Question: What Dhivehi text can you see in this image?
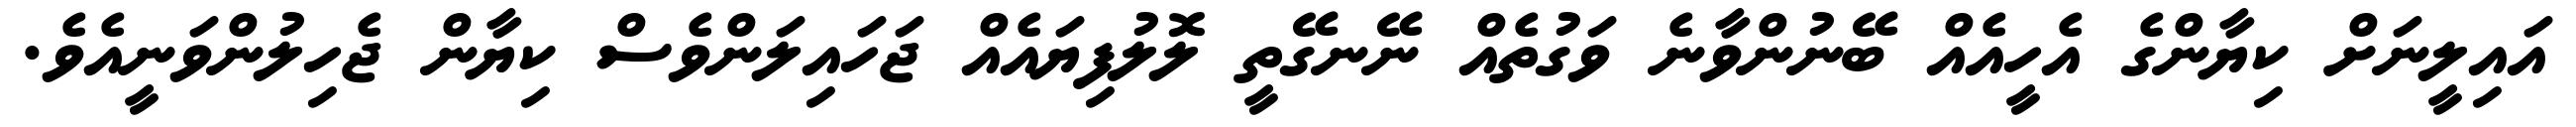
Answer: އައިލީނަށް ކިޔާންގެ އެހީއެއް ބޭނުންވާނެ ވަގުތެއް ނޭނގޭތީ ލޮލުފިޔައެއް ޖަހައިލަންވެސް ކިޔާން ޖެހިލުންވަނީއެވެ.